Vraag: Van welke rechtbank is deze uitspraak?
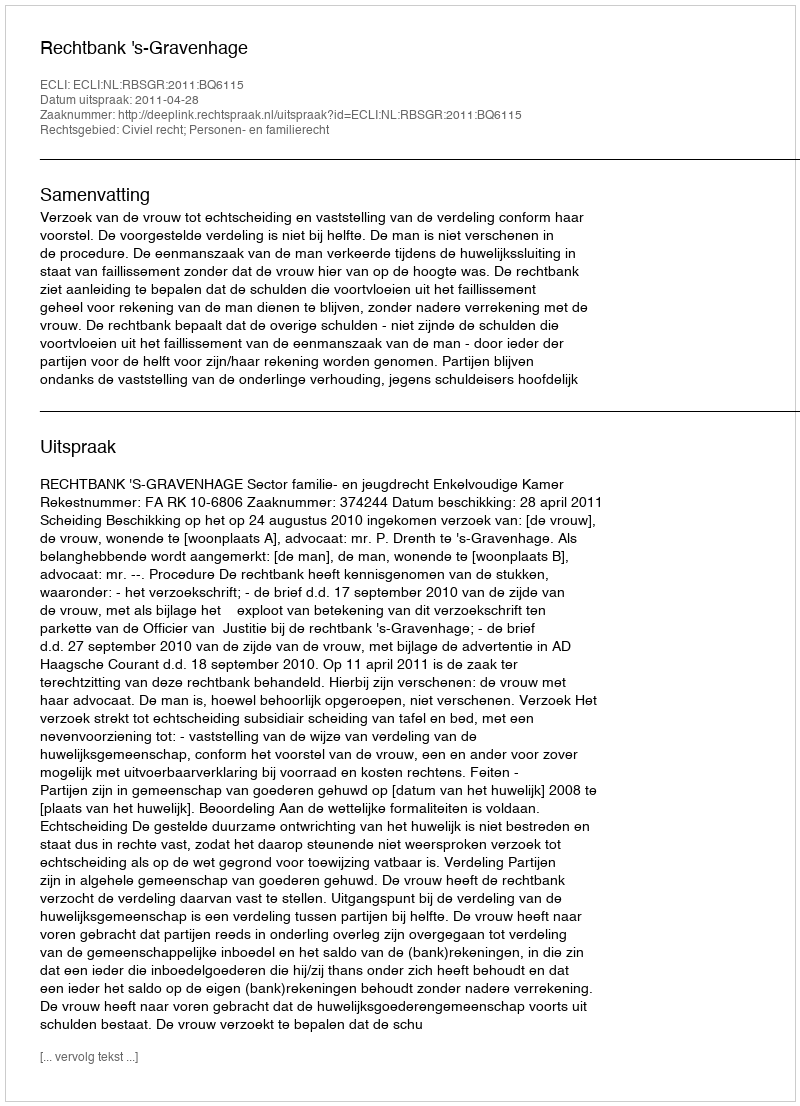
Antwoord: Rechtbank 's-Gravenhage